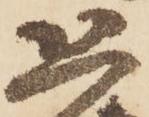
恐